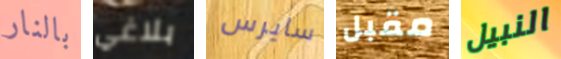
بالنار بلاغي سايرس مقبل النبيل